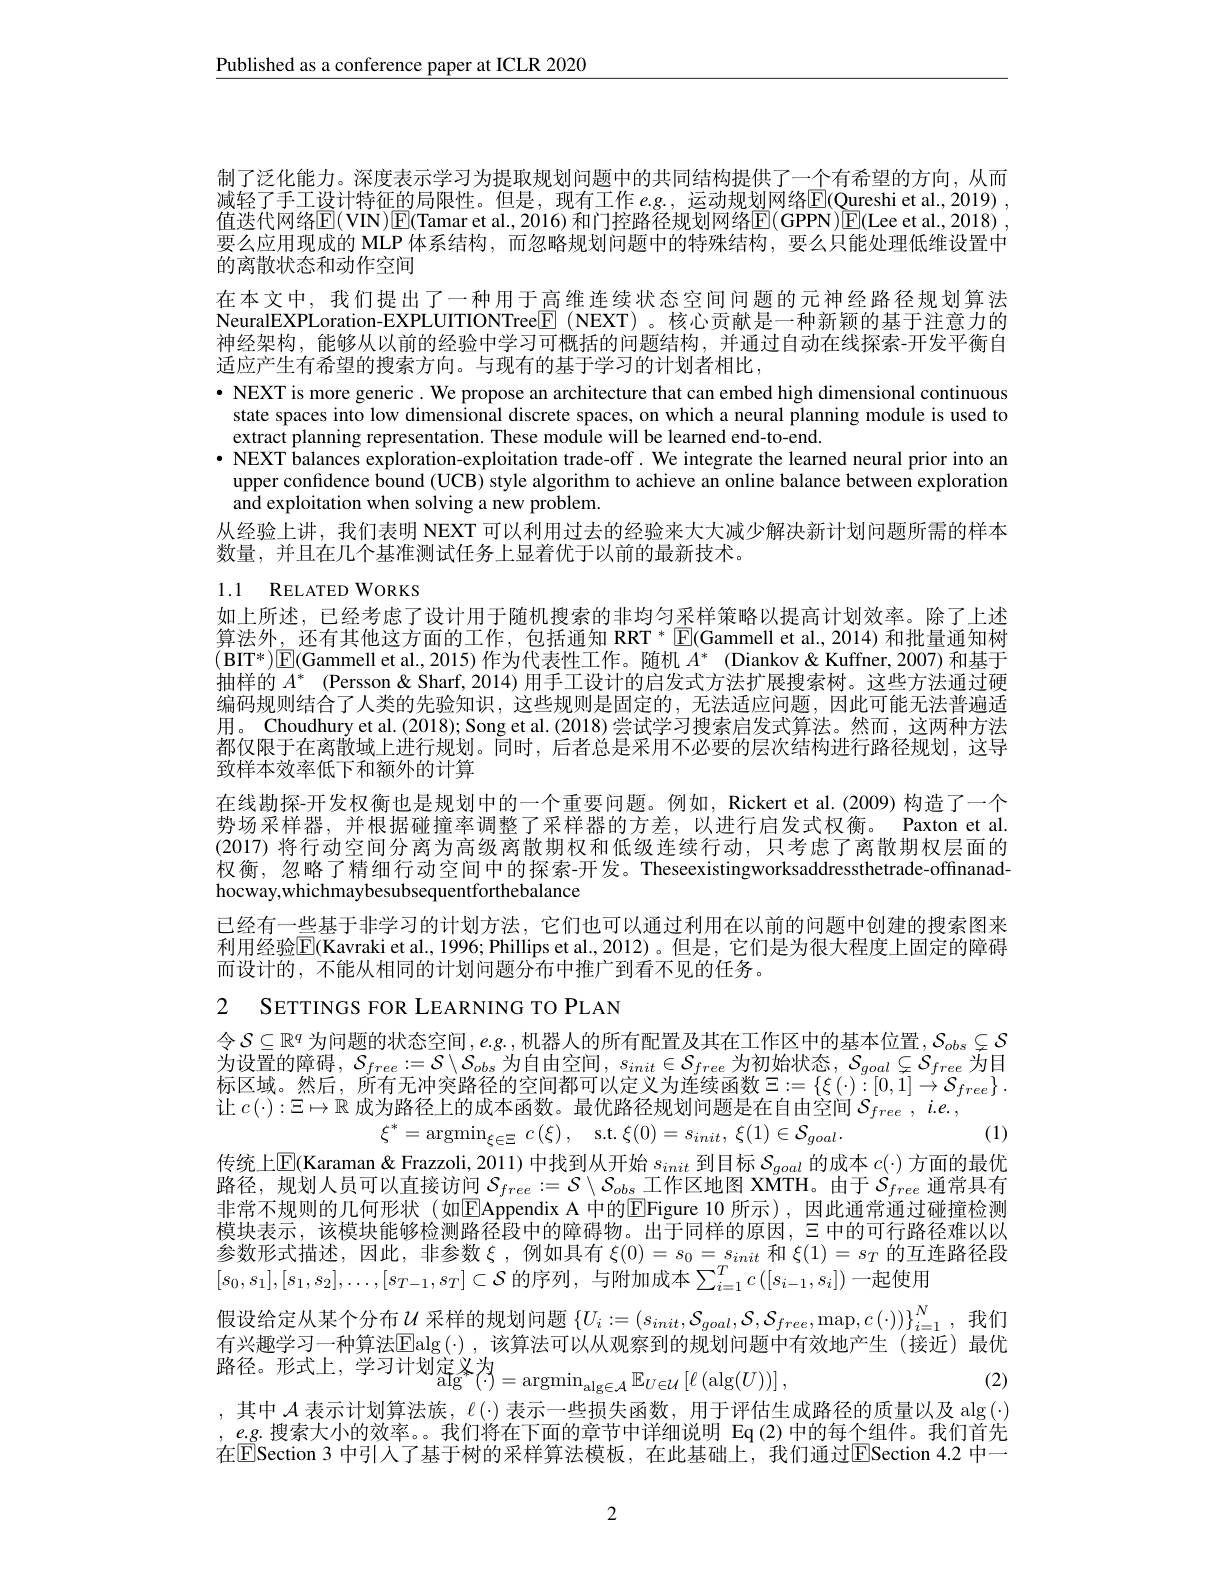
$\underline{\text{Published as a conference paper at ICLR 2020}}$

制了泛化能力。深度表示学习为提取规划问题中的共同结构提供了一个有希望的方向，从而减轻了手工设计特征的局限性。但是，现有工作$e.g.$, 运动规划网络E$( \textcircled \text{Qureshi et al}. , 2019) $, 值迭代网络$\mathbb{E}($VIN)$\mathbb{E}($Tamar et al., 2016) 和门控路径规划网络$\mathbb{E}($GPPN)$\boxed{\mathrm{E}}($Lee et al., 2018) , 要么应用现成的 MLP 体系结构，而忽略规划问题中的特殊结构，要么只能处理低维设置中的离散状态和动作空间

在本文中，我们提出了一种用于高维连续状态空间问题的元神经路径规划算法NeuralEXPLoration-EXPLUITIONTree$\boxed{\mathrm{F}}$ (NEXT) 。核心贡献是一种新颖的基于注意力的神经架构，能够从以前的经验中学习可概括的问题结构，并通过自动在线探索-开发平衡自适应产生有希望的搜索方向。与现有的基于学习的计划者相比，
$\bullet$ NEXT is more generic. We propose an architecture that can embed high dimensional continuous
state spaces into low dimensional discrete spaces, on which a neural planning module is used to
extract planning representation. These module will be learned end-to-end.
$\bullet$ NEXT balances exploration-exploitation trade-off. We integrate the learned neural prior into an
upper confidence bound (UCB) style algorithm to achieve an online balance between exploration
and exploitation when solving a new problem.
从经验上讲，我们表明 NEXT 可以利用过去的经验来大大减少解决新计划问题所需的样本
数量，并且在几个基准测试任务上显着优于以前的最新技术。

## 1.1 RELATED WORKS

如上所述，已经考虑了设计用于随机搜索的非均匀采样策略以提高计划效率。除了上述算法外，还有其他这方面的工作，包括通知 RRT * $\boxed{\mathrm{F}}($Gammell et al.,2014) 和批量通知树(BIT*)$\boxed{\mathrm{F}}($Gammell et al.,2015) 作为代表性工作。随机$A^*$ (Diankov&Kuffner,2007) 和基于抽样的$A^*$ (Persson&Sharf, 2014)用手工设计的启发式方法扩展搜索树。这些方法通过硬编码规则结合了人类的先验知识，这些规则是固定的，无法适应问题，因此可能无法普遍适用。Choudhury et al. (2018); Song et al. (2018)尝试学习搜索启发式算法。然而，这两种方法都仅限于在离散域上进行规划。同时，后者总是采用不必要的层次结构进行路径规划，这导致样本效率低下和额外的计算
在线勘探-开发权衡也是规划中的一个重要问题。例如，Rickert et al.(2009) 构造了一个势场采样器，并根据碰撞率调整了采样器的方差，以进行启发式权衡。Paxton et al. (2017) 将行动空间分离为高级离散期权和低级连续行动，只考虑了离散期权层面的权衡，忽略了精细行动空间中的探索-开发。Theseexistingworksaddressthetrade-offinanadhocway,whichmaybesubsequentforthebalance
已经有一些基于非学习的计划方法，它们也可以通过利用在以前的问题中创建的搜索图来

利用经验$\mathbb{E}($Kavraki et al., 1996; Phillips et al., 2012)。但是，它们是为很大程度上固定的障碍
而设计的，不能从相同的计划问题分布中推广到看不见的任务。

2 SETTINGS FOR LEARNING TO PLAN

令$\mathcal{S}\subseteq\mathbb{R}^q$为问题的状态空间$,e.g.$,机器人的所有配置及其在工作区中的基本位置 $,\mathcal{S}_obs\subsetneq\mathcal{S}$ 为设置的障碍，$\mathcal{S}_free:=\mathcal{S}\setminus\mathcal{S}_{obs}$为自由空间，$s_init\in\mathcal{S}_free$为初始状态，$\mathcal{S}_goal\subsetneq\mathcal{S}_{free}$为目标区域。然后，所有无冲突路径的空间都可以定义为连续函数$\Xi:=\{\xi(\cdot):[0,1]\to\mathcal{S}_{free}\}.$ 让$c(\cdot):\Xi\mapsto\mathbb{R}$成为路径上的成本函数。最优路径规划问题是在自由空间$\mathcal{S}_{free},i.e.$
$$\xi^{*}=\mathrm{argmin}_{\xi\in\Xi}\:c\left(\xi\right),\quad\mathrm{s.t.}\:\xi(0)=s_{init},\:\xi(1)\in\mathcal{S}_{goal}$$
(1)

传统上$\boxed{\mathbb{E}}($Karaman & Frazzoli, 2011) 中找到从开始$s_init$到目标$\mathcal{S}_goal$的成本$c(\cdot)$方面的最优路径，规划人员可以直接访问$S_free:=\mathcal{S}\setminus\mathcal{S}_{obs}$工作区地图 XMTH。由于$\mathcal{S}_free$通常具有非常不规则的几何形状(如EAppendix A 中的$\boxed{\text{Figure 10 所示),因此通常通过碰撞检测}}$ 模块表示，该模块能够检测路径段中的障碍物。出于同样的原因，$\Xi$中的可行路径难以以参数形式描述，因此，非参数$\xi$,例如具有$\xi(0)=s_0=s_{init}$ 和 $\xi(1)=s_T$ 的互连路径段$[s_0,s_1],[s_1,s_2],\ldots,[s_{T-1},s_T]\subset\mathcal{S}$ 的序列，与附加成本$\sum_i=1^Tc\left([s_{i-1},s_i]\right)$一起使用

假设给定从某个分布$\mathcal{U}$采样的规划问题$\{U_i:=(s_{init},\mathcal{S}_{goal},\mathcal{S},\mathcal{S}_{free},\max,c(\cdot))\}_{i=1}^N$,我们有兴趣学习一种算洗Flalg($\cdot),该算洪可以从观察到的规划问题中有效地产生(接近)最优$ 路径。形式上，学习计划定义为$\underset\mathrm{alg}{\operatorname*{\operatorname*{argmin}}}\mathbb{E}_{U\in\mathcal{U}}\left[\ell\left(\arg(U)\right)\right]$
(2)
,其中$\mathcal{A}$表示计划算法族$,\ell(\cdot)$表示一些损失函数，用于评估生成路径的质量以及$\arg(\cdot)$ $,e.g.$搜索大小的效率。。我们将在下面的章节中详细说明 Eq(2)中的每个组件。我们首先在[E]Section 3 中引入了基于树的采样算法模板，在此基础上，我们通过ESection 4.2 中一

2